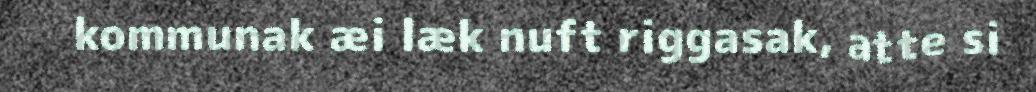
kommunak æi læk nuft riggasak, atte si